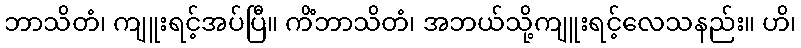
ဘာသိတံ၊ ကျူးရင့်အပ်ပြီ။ ကိံဘာသိတံ၊ အဘယ်သို့ကျူးရင့်လေသနည်း။ ဟိ၊